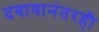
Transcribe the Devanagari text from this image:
दबावानंतरही